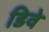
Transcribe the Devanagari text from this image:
डिवे